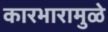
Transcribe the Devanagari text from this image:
कारभारामुळे